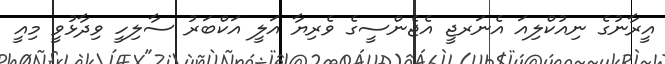
އީރާނުގެ ނިއުކްލިއަ އެނަރޖީ އެޖެންސީގެ ވެރިޔާ އަލީ އަކްބަރު ސާލިހީ ވިދާޅުވީ މިއީ